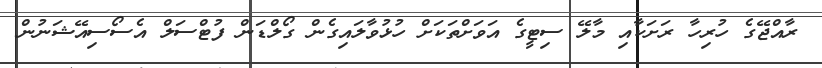
ރާއްޖޭގެ ހުރިހާ ރަށަކާއި މާލޭ ސިޓީގެ އަވަށްތަކަށް ހުޅުވާލައިގެން ގޯލްޑަން ފުޓްސަލް އެސޯސިއޭޝަނުން